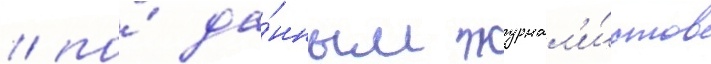
/ по́ да́нным журнал'и́стов